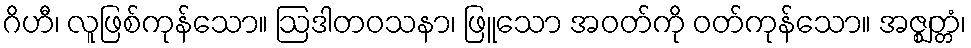
ဂိဟီ၊ လူဖြစ်ကုန်သော။ ဩဒါတဝသနာ၊ ဖြူသော အဝတ်ကို ဝတ်ကုန်သော။ အဇ္ဈတ္တံ၊